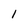
Character: 1